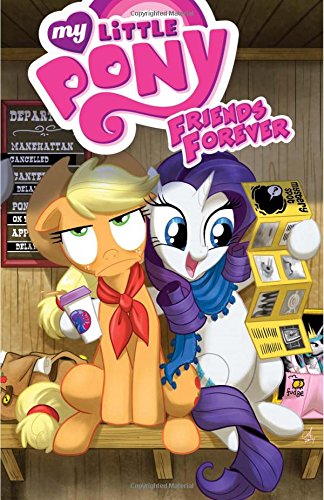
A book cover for My Little Pony: Friends Forever Volume 2; Thom Zahler; Children's Books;